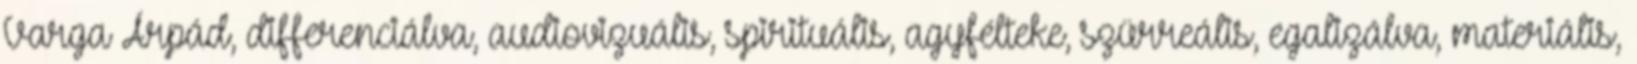
Varga Árpád, differenciálva, audiovizuális, spirituális, agyfélteke, szürreális, egalizálva, materiális,